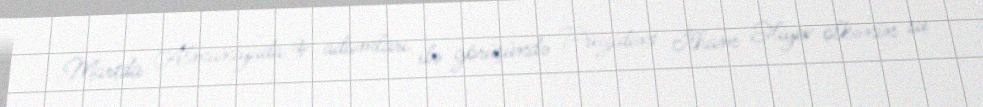
Martda Almaniyada iş adamları ilə görüşündə Prezident İlham Əliyev ölkənin su